Leaving Certificate Examination, 1911
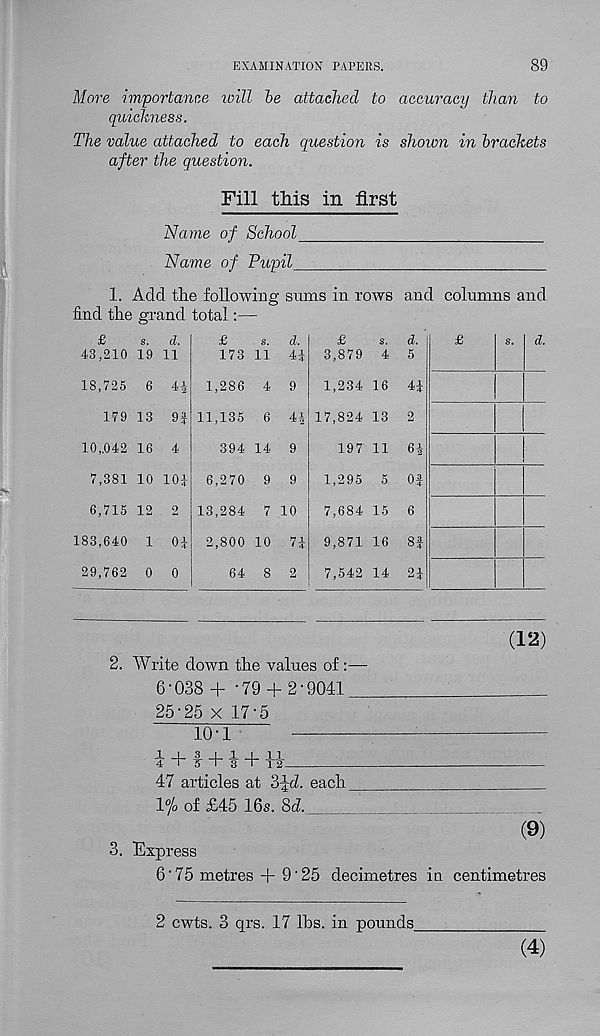
EXAMINATION PAPERS.
89
More importance will be attached to accuracy than to
quickness.
The value attached to each question is shown in brackets
after the question.
Fill this in first
Name of School
Name of Pupil_
1. Add the following sums in rows and columns and
find the grand total:—
£
s. d.
43,210 19 11
18,725 6 4-i
179 13 9f
10,.042 16 4
7,381 10 10i
6,715 12 2
183,640 1 01
29,762 0 0
£
s. d.
173 11 41
1,286 4 9
11,135 6 4i
394 14 9
6,270 9 9
13,284 7 10
2,800 10 71
64 8 2
£
s. d.
3,879 4 5
1,234 16 41
17,824 13 2
197 11 61
1,295 5 Of
7,684 15 6
9,871 16 8f
7,542 14 21
(12)
2. Write down the values of :—
6-038 + -79 + 2 • 9041
25‘25 x 17-5
10-1
1 _1_ 3 I 1 I XI
4 m 5 m 3 W i 2
47 articles at 3fd. each
l°/o of £45 16s. 8d.
(9)
3. Express
6'75 metres + 9'25 decimetres in centimetres
2 cwts. 3 qrs. 17 lbs. in pounds.
(4)